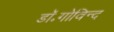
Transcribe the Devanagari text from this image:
डॉ॰गोविन्द